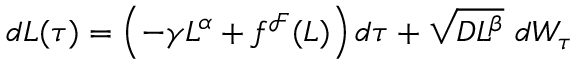
\begin{array} { r } { d L ( \tau ) = \left( - \gamma L ^ { \alpha } + f ^ { \mathcal { F } } ( L ) \right) d \tau + \sqrt { D L ^ { \beta } } \ d W _ { \tau } } \end{array}